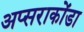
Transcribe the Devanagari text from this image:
अप्सराकोंडा